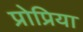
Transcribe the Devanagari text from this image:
प्रोप्रिया